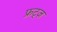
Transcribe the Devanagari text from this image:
फ्रट्ज़